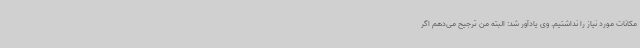
مکانات مورد نیاز را نداشتیم. وی یادآور شد: البته من ترجیح می‌دهم اگر